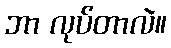
ဘာ လုပ်တာလဲ။